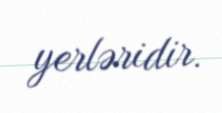
yerləridir.